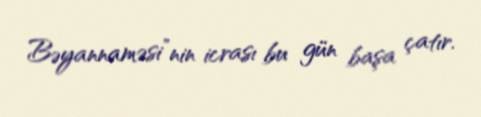
Bəyannaməsi”nin icrası bu gün başa çatır.